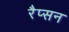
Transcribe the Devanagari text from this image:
रैप्सन